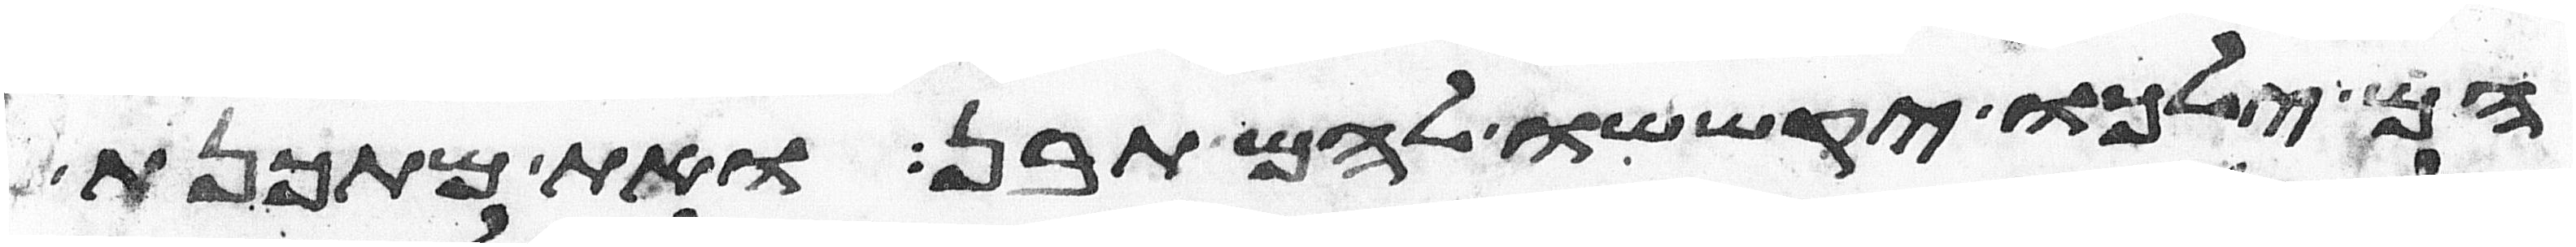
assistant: הם ילכו יקששו להם תבן ואת מתכנת